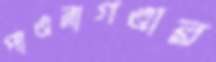
পাওনাগণ্ডার